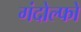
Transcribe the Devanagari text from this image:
गंदोल्फो